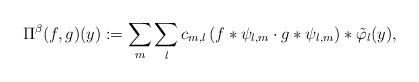
LaTeX: \begin{align*}\Pi^\beta (f, g)(y):=\sum_{m} \sum_l c_{m, l} \left( f \ast \psi_{l, m} \cdot g \ast \psi_{l, m} \right) \ast {\tilde\varphi}_l(y),\end{align*}